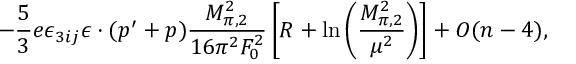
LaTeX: - \frac { 5 } { 3 } e \epsilon _ { 3 i j } \epsilon \cdot ( p ^ { \prime } + p ) \frac { M _ { \pi , 2 } ^ { 2 } } { 1 6 \pi ^ { 2 } F _ { 0 } ^ { 2 } } \left[ R + \ln \left( \frac { M _ { \pi , 2 } ^ { 2 } } { \mu ^ { 2 } } \right) \right] + O ( n - 4 ) ,